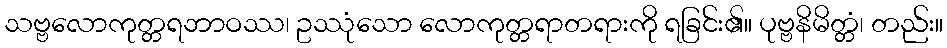
သဗ္ဗလောကုတ္တရဘာဝဿ၊ ဥဿုံသော လောကုတ္တရာတရားကို ရခြင်း၏။ ပုဗ္ဗနိမိတ္တံ၊ တည်း။